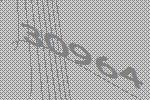
30964